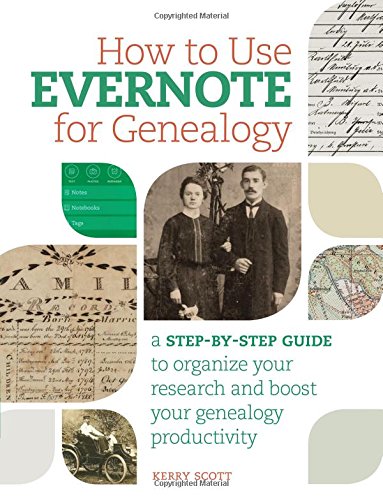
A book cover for How to Use Evernote for Genealogy: A Step-by-Step Guide to Organize Your Research and Boost Your Genealogy Productivity; Kerry Scott; Self-Help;